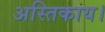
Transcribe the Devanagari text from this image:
अस्तिकाय।